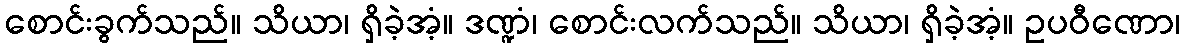
စောင်းခွက်သည်။ သိယာ၊ ရှိခဲ့အံ့။ ဒဏ္ဍံ၊ စောင်းလက်သည်။ သိယာ၊ ရှိခဲ့အံ့။ ဥပဝီဏော၊